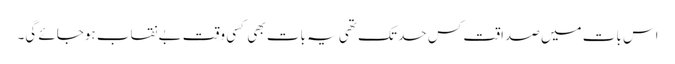
اس بات میں صداقت کس حد تک تھی یہ بات بھی کسی وقت بے نقاب ہوجائے گی۔